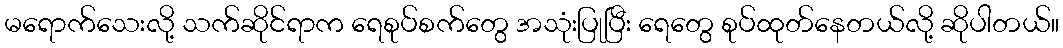
မရောက်သေးလို့ သက်ဆိုင်ရာက ရေစုပ်စက်တွေ အသုံးပြုပြီး ရေတွေ စုပ်ထုတ်နေတယ်လို့ ဆိုပါတယ်။